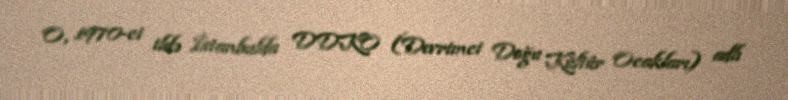
O, 1970-ci ildə İstanbulda DDKO (Devrimci Doğu Kültür Ocakları) adlı